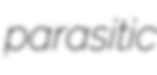
parasitic